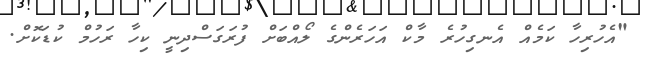
"އެހުރިހާ ކަމެއް އެނގިހުރެ މާކް އަހަރެންގެ ލޯއްބަށް ފުރަގަސްދިނީ ކިހާ ރަހުމް ކުޑަކޮށް.